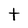
Character: t